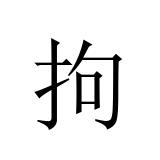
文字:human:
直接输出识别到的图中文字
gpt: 拘